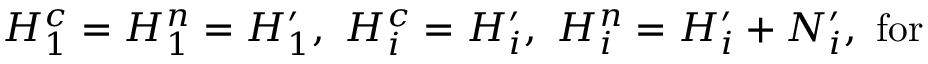
H _ { 1 } ^ { c } = H _ { 1 } ^ { n } = H _ { 1 } ^ { \prime } , \, \, H _ { i } ^ { c } = H _ { i } ^ { \prime } , \, \, H _ { i } ^ { n } = H _ { i } ^ { \prime } + N _ { i } ^ { \prime } , \, \, \mathrm { f o r ~ \quad ~ }